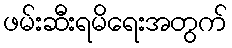
ဖမ်းဆီးရမိရေးအတွက်